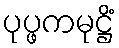
ပုပ္ဖကမုဋ္ဌိံ